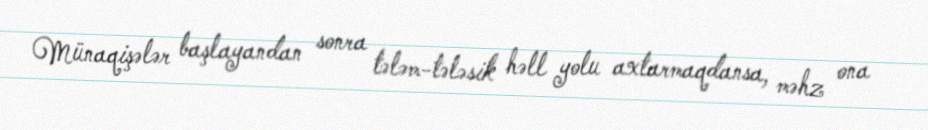
Münaqişələr başlayandan sonra tələm-tələsik həll yolu axtarmaqdansa, məhz ona